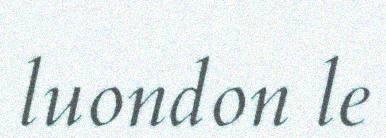
luondon le